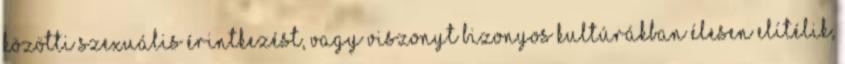
közötti szexuális érintkezést, vagy viszonyt bizonyos kultúrákban élesen elítélik,